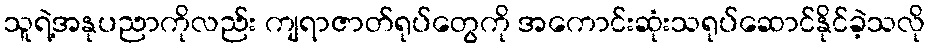
သူရဲ့အနုပညာကိုလည်း ကျရာဇာတ်ရုပ်တွေကို အကောင်းဆုံးသရုပ်ဆောင်နိုင်ခဲ့သလို